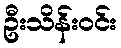
ဦးသိန်းဝင်း